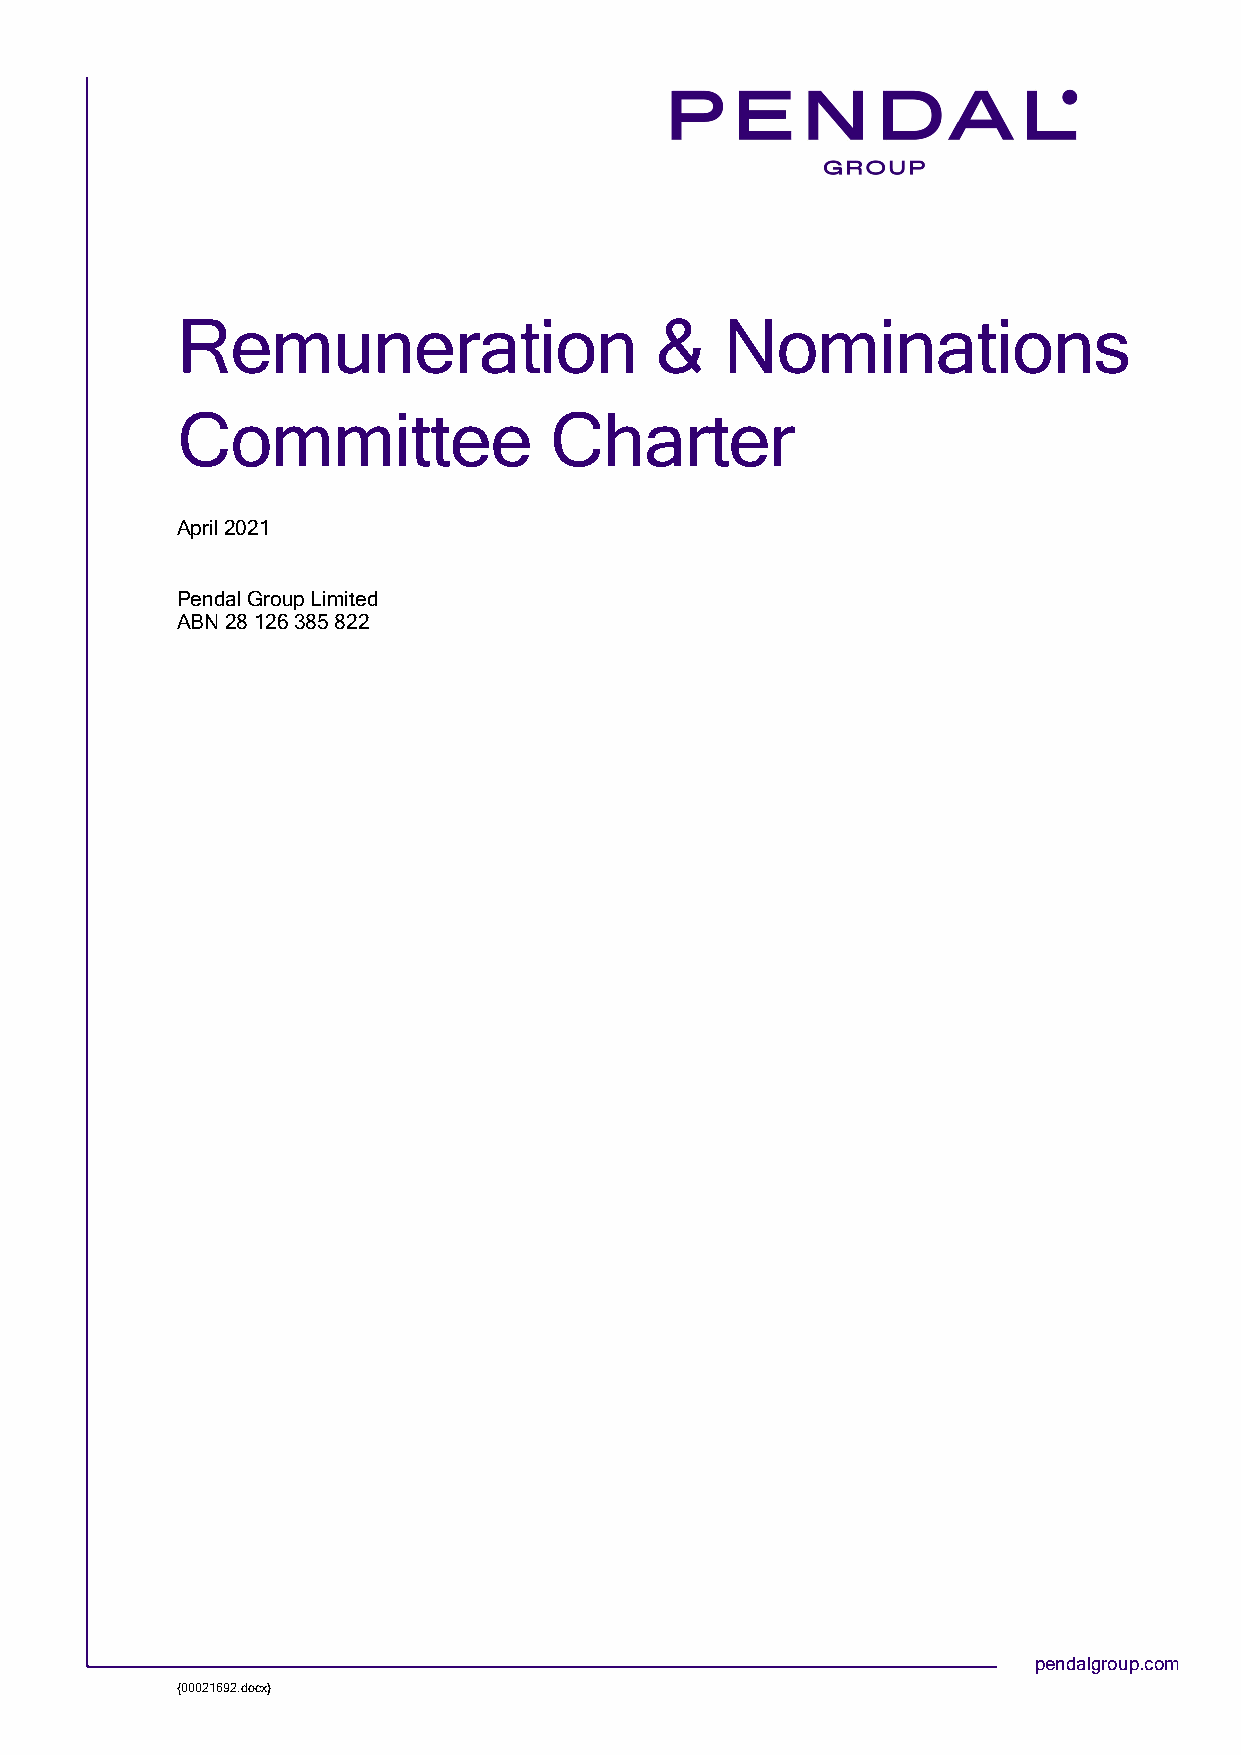
Remuneration                   &    Nominations
 Committee               Charter
 April 2021
 Pendal Group Limited
 ABN 28 126 385 822
 pendalgroup.com
 {00021692.docx}